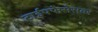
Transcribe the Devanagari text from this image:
टाईपफेसेसवर